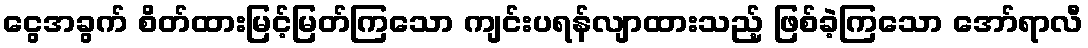
ငွေအခွက် စိတ်ထားမြင့်မြတ်ကြသော ကျင်းပရန်လျာထားသည့် ဖြစ်ခဲ့ကြသော အော်ရာလီ